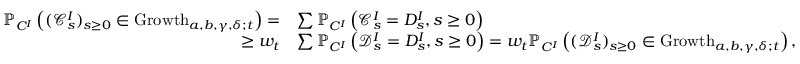
\begin{array} { r l } { \mathbb { P } _ { C ^ { I } } \left( ( \mathscr { C } _ { s } ^ { I } ) _ { s \geq 0 } \in \mathrm { G r o w t h } _ { a , b , \gamma , \delta ; t } \right) = } & { \sum \mathbb { P } _ { C ^ { I } } \left( \mathscr { C } _ { s } ^ { I } = D _ { s } ^ { I } , s \geq 0 \right) } \\ { \geq w _ { t } } & { \sum \mathbb { P } _ { C ^ { I } } \left( \mathscr { D } _ { s } ^ { I } = D _ { s } ^ { I } , s \geq 0 \right) = w _ { t } \mathbb { P } _ { C ^ { I } } \left( ( \mathscr { D } _ { s } ^ { I } ) _ { s \geq 0 } \in \mathrm { G r o w t h } _ { a , b , \gamma , \delta ; t } \right) , } \end{array}